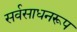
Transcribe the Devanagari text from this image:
सर्वसाधनरूप